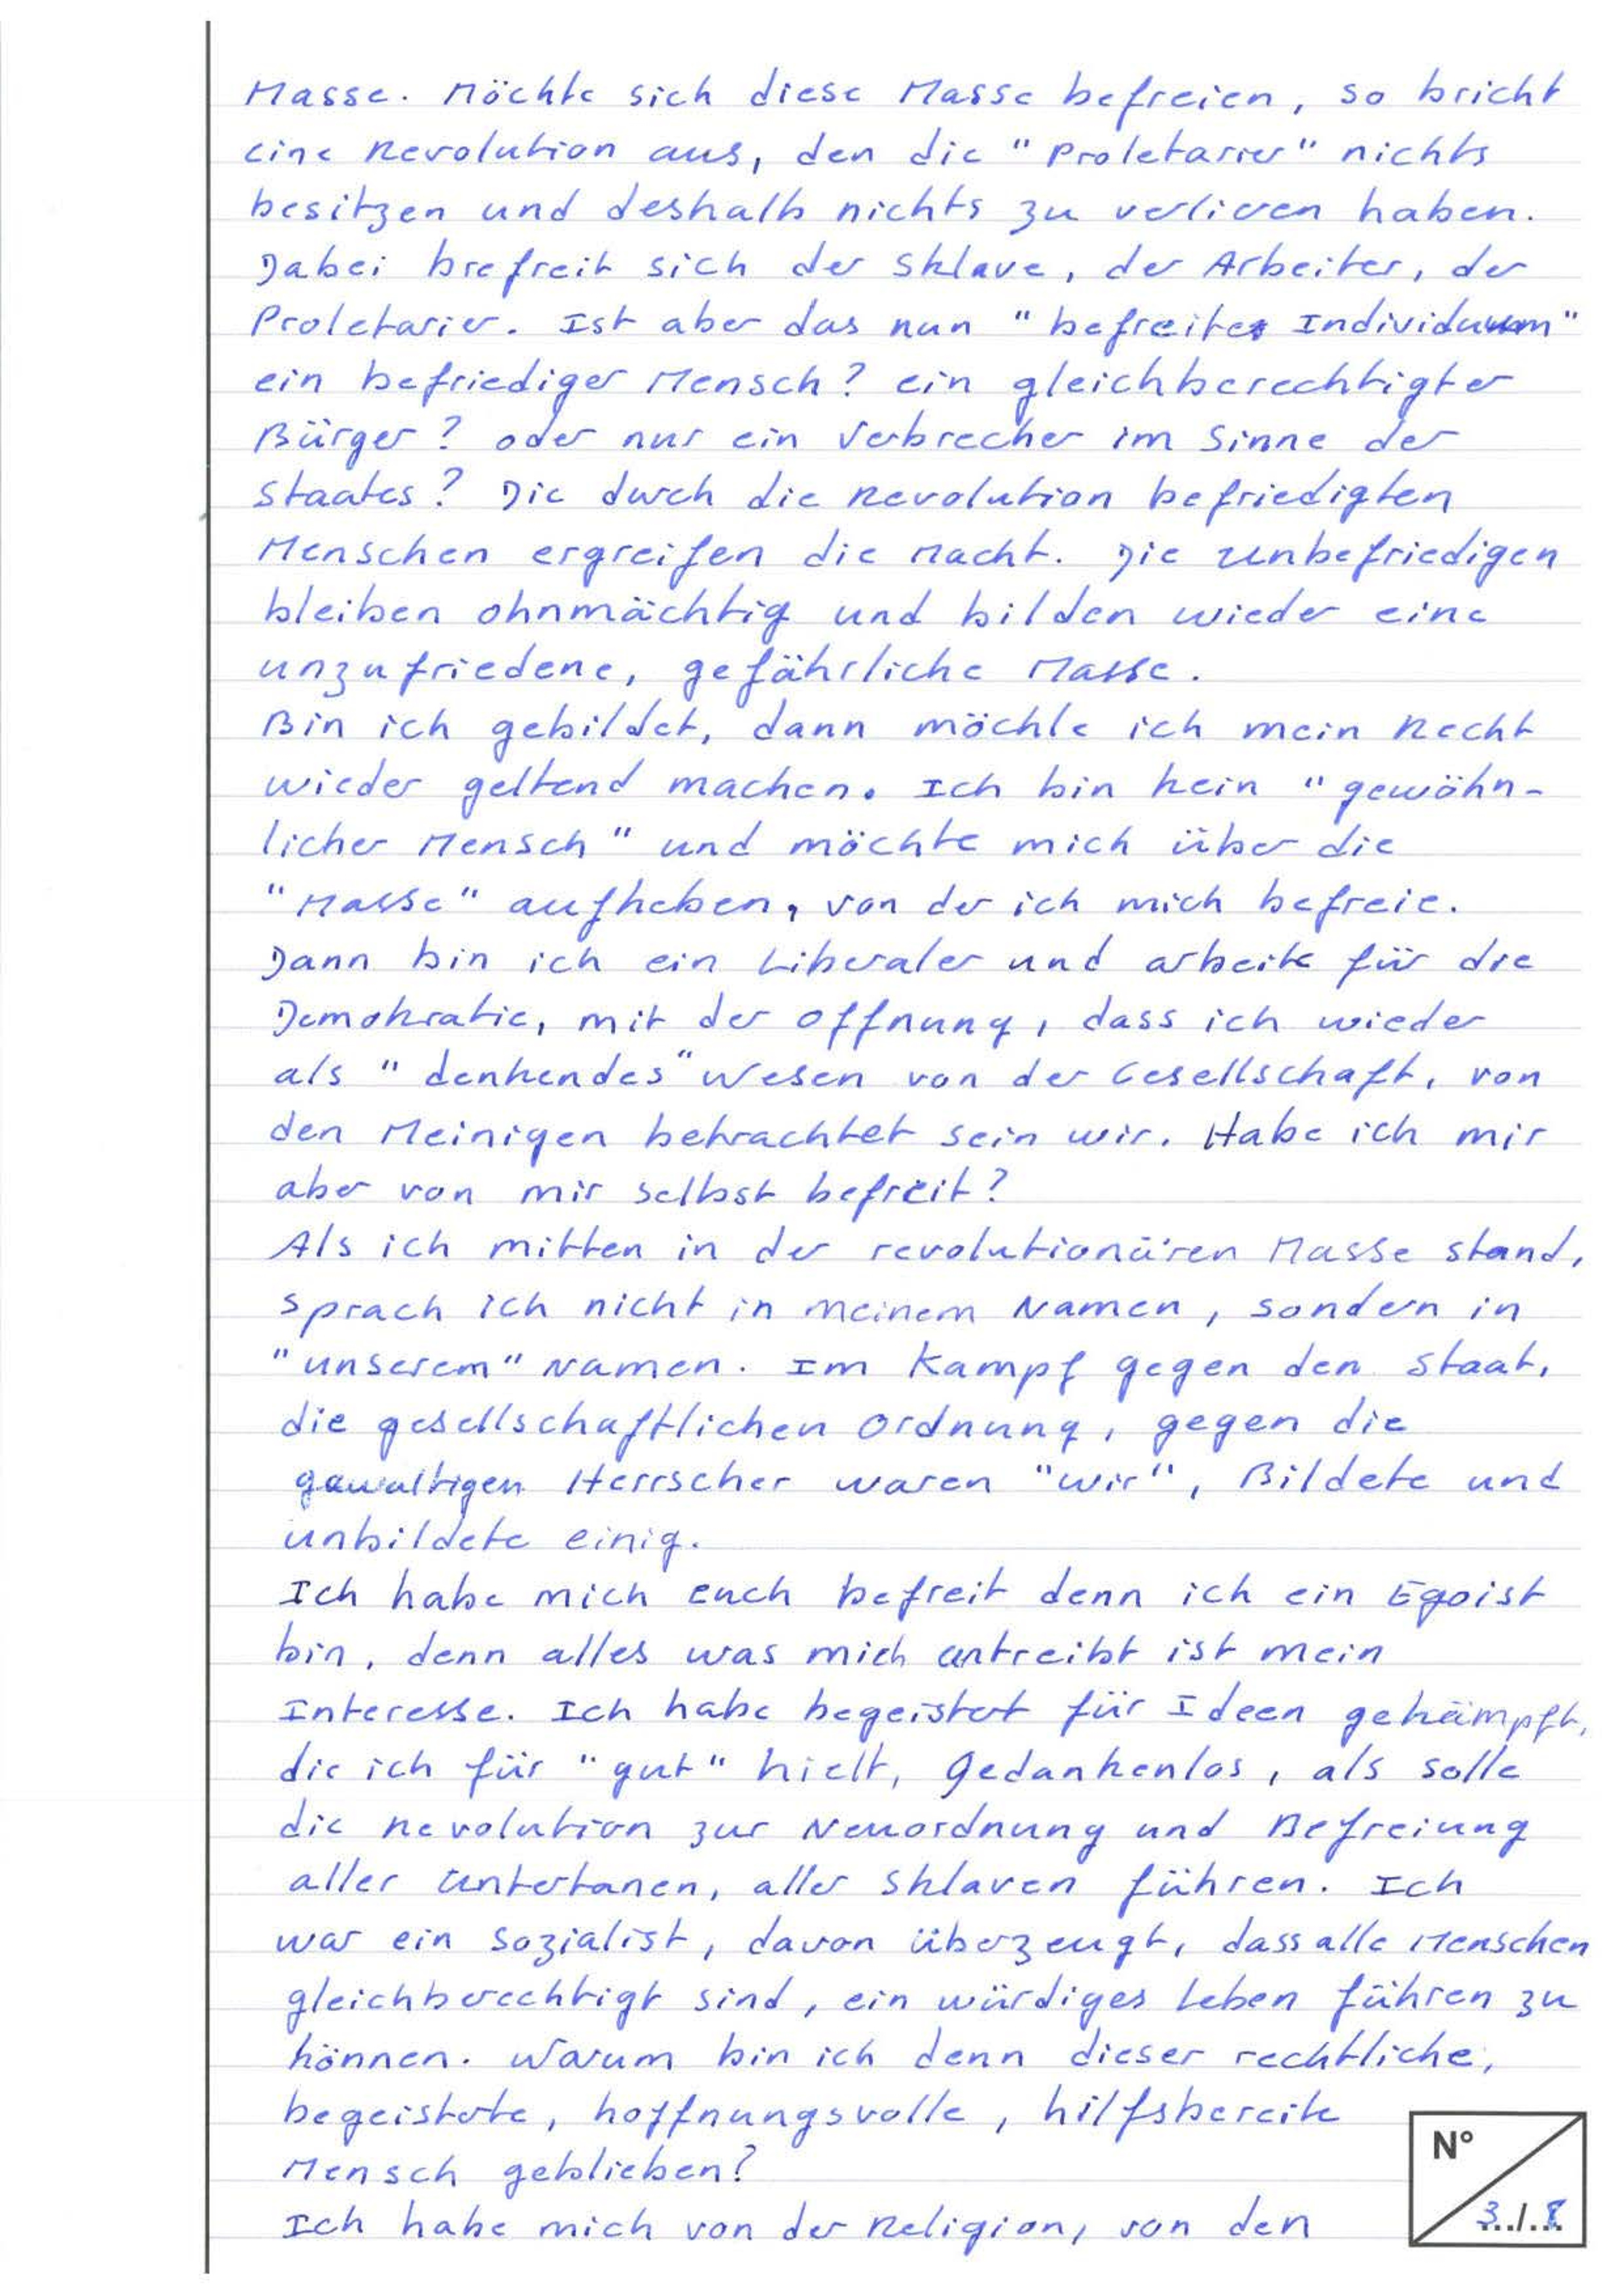
Masse. Möchte sich diese Masse befreien, so bricht
eine Revolution aus, den die "Proletarier" nichts
besitzen und deshalb nichts zu verlieren haben.
Dabei befreit sich der Sklave, der ARbeiter, der
Proletarier. Ist aber das nun "befreite Individuum"
ein befriediger Mensch? ein gleichberechtigter
Bürger? oder nur ein Verbrecher im Sinne der
Staates? Die durch die Revoution befriedigten
Menschen ergreifen die Macht. Die Unbefriedigen
bleiben ohnmächtig und bilden wieder eine
unzufriedene gefährliche Masse.
Bin ich gebildet, dann möchte ich mein Recht
wieder geltend machen. Ich bin kein "gewöhn-
licher Mensch" und möchte mich über die
"Masse" aufheben, von der ich mich befreie.
Dann bin ich ein Liberaler und arbeite für die
Demokratie, mit der Offnung, dass ich wieder
als "denkendes" Wesen von der Gesellschaft, von
den Meinigen betrachtet sein wir. Habe ich mir
aber von mir selbst befreit?
Als ich mitten in der revolutionären Masse stand,
sprach ich nicht in meinem Namen, sondern in
"unserem" Namen. Im Kampf gegen den Staat,
die gesellschaftlichen Ordnung, gegen die
gewaltigen Herrscher waren "wir", Bildete und
unbildete einig.
Ich habe mich euch befreit denn ich ein Egoist
bin, denn alles was mich antreibt ist mein
Interesse. Ich habe begeistert für Ideen gekämpft,
die ich für "gut" hielt. Gedankenlos, als solle
die Revolution zur Neuordnung und Befreiung
aller Untertanen, aller Sklaven führen. Ich
war ein Sozialist, davon überzeugt, dass alle Mensch
gleichberechtigt sind, ein würdiges Leben führen zu
können. Warum bin ich denn dieser rechtliche
begeisterte, hoffnungsvolle, hilfsbereite
Mensch geblieben?
3/8
Ich habe mich von der Religion, von den